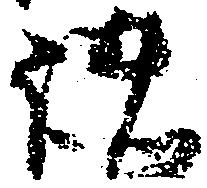
諸